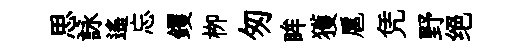
思詠遙忘钁栁匆眸獲扈凭野绝